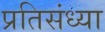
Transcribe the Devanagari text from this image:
प्रतिसंध्या